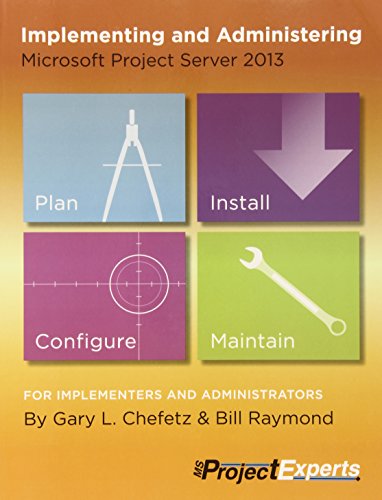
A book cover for Implementing and Administering Microsoft Project Server 2013; Gary Chefetz; Computers & Technology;